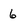
Character: 6